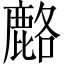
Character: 𫜍